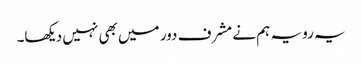
یہ رویہ ہم نے مشرف دور میں بھی نہیں دیکھا۔